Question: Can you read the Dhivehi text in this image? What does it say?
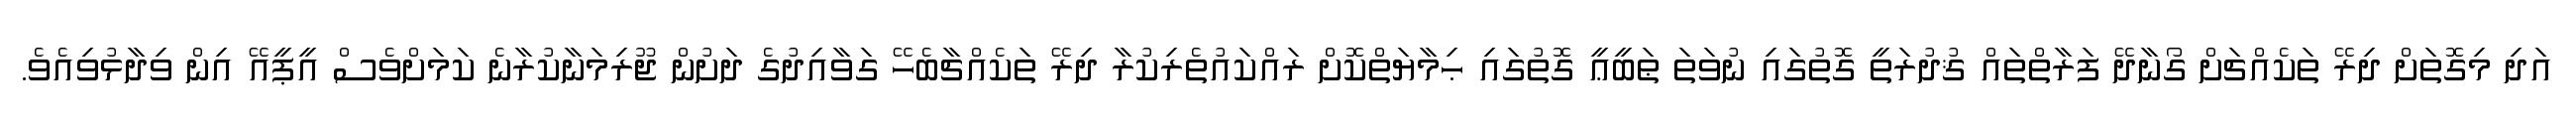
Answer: އަދި މިގޮތަށް ދިރޭ ތަކެއްޗަށް ގޯނާދޭ ފަރާތްތައް ޤުދުރަތީ ގޮތުގައި ނުވަތަ ޠަބީޢީ ގޮތުގައި ޙިމާޔަތްކޮށް ރައްކައުތެރިކުރާ ދިރޭ ތަކެއްޗާބެހޭ ގަވާއިދުގެ ދަށުން ޖޫރިމަނާކުރާނެ ކަމަށްވެސް އީޕީއޭ އިން ވިދާޅުވިއެވެ.